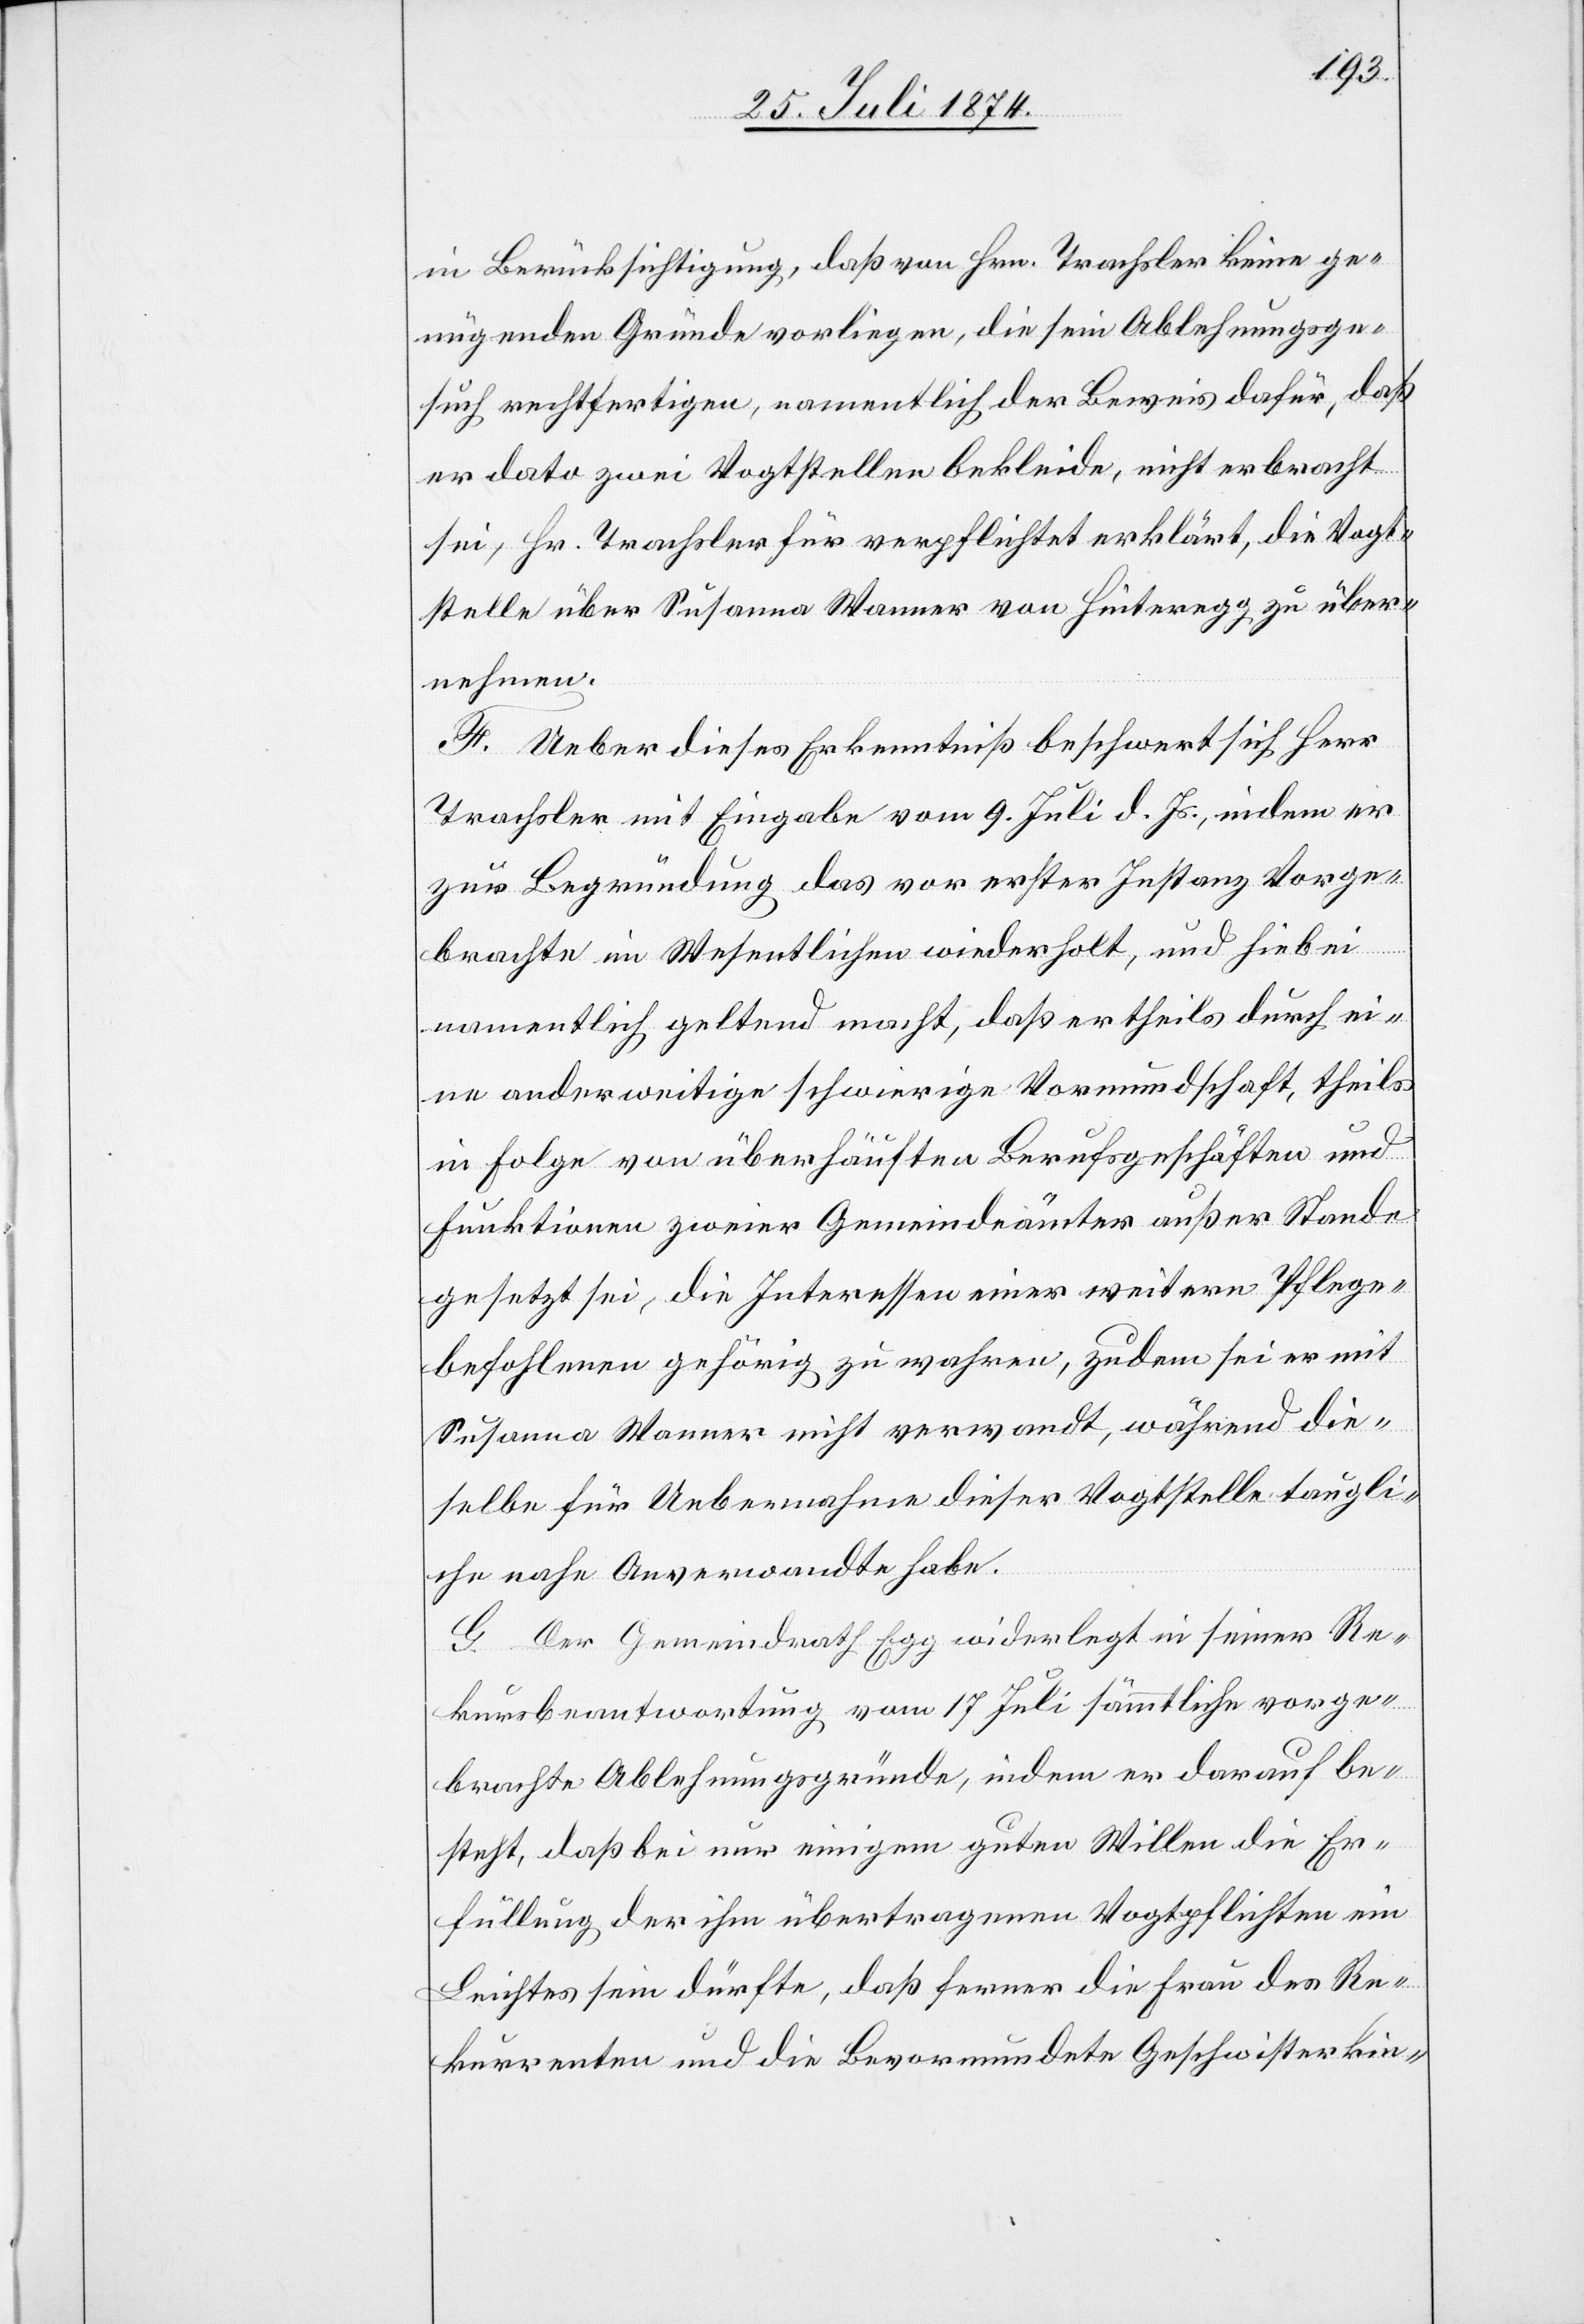
in Berücksichtigung, daß von Hrn. Trachsler keine ge¬
nügenden Gründe vorliegen, die sein Ablehnungsge¬
such rechtfertigen, namentlich der Beweis dafür, daß
er dato zwei Vogtstellen bekleide, nicht erbracht
sei, Hr. Trachsler für verpflichtet erklärt, die Vogt¬
stelle über Susanna Wanner von Hinteregg zu über¬
nehmen.
F. Ueber dieses Erkenntniß beschwert sich Herr
Trachsler mit Eingabe vom 9. Juli d. Js., indem er
zur Begründung das vor erster Instanz Vorge¬
brachte im Wesentlichen wiederholt, und hiebei
namentlich geltend macht, daß er theils durch ei¬
ne anderweitige schwierige Vormundschaft, theils
in Folge von überhäuften Berufsgeschäften und
Funktionen zweier Gemeindeämter außer Stande
gesetzt sei, die Interessen einer weitern Pflege¬
befohlenen gehörig zu wahren, zudem sei er mit
Susanna Wanner nicht verwandt, während die¬
selbe für Uebernahme dieser Vogtstelle taugli¬
che nahe Anverwandte habe.
G. Der Gemeindrath Egg widerlegt in seiner Re¬
kursbeantwortung vom 17. Juli sämtliche vorge¬
brachte Ablehnungsgründe, indem er darauf be¬
steht, daß bei nur einigem guten Willen die Er¬
füllung der ihm übertragenen Vogtpflichten ein
Leichtes sein dürfte, daß ferner die Frau des Re¬
kurrenten und die Bevormundete Geschwisterkin-